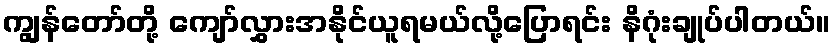
ကျွန်တော်တို့ ကျော်လွှားအနိုင်ယူရမယ်လို့ပြောရင်း နိဂုံးချုပ်ပါတယ်။